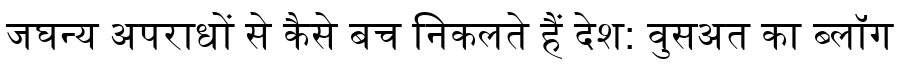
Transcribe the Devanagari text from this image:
जघन्य अपराधों से कैसे बच निकलते हैं देश: वुसअत का ब्लॉग